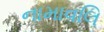
નામાવલિ